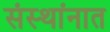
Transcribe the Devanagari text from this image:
संस्थांनात